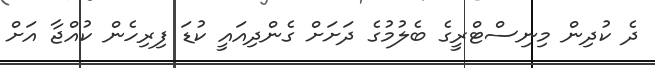
ދެ ކުދިން މިނިސްޓްރީގެ ބެލުމުގެ ދަށަށް ގެންދިއައީ ކުޑަ ފިރިހެން ކުއްޖާ އަށް